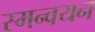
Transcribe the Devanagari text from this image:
स्मन्वयन